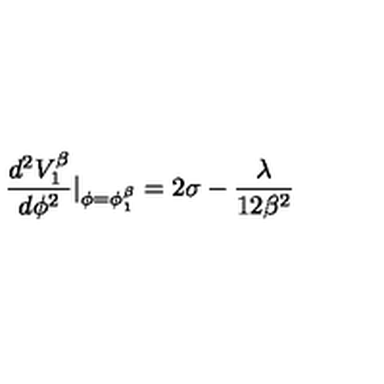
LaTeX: \frac { d ^ { 2 } V _ { 1 } ^ { \beta } } { d \phi ^ { 2 } } | _ { \phi = \phi _ { 1 } ^ { \beta } } = 2 \sigma - \frac { \lambda } { 1 2 \beta ^ { 2 } }